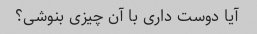
آیا دوست داری با آن چیزی بنوشی؟